Note on the mental hospitals in Burma - 1925-1940
Year: 1925
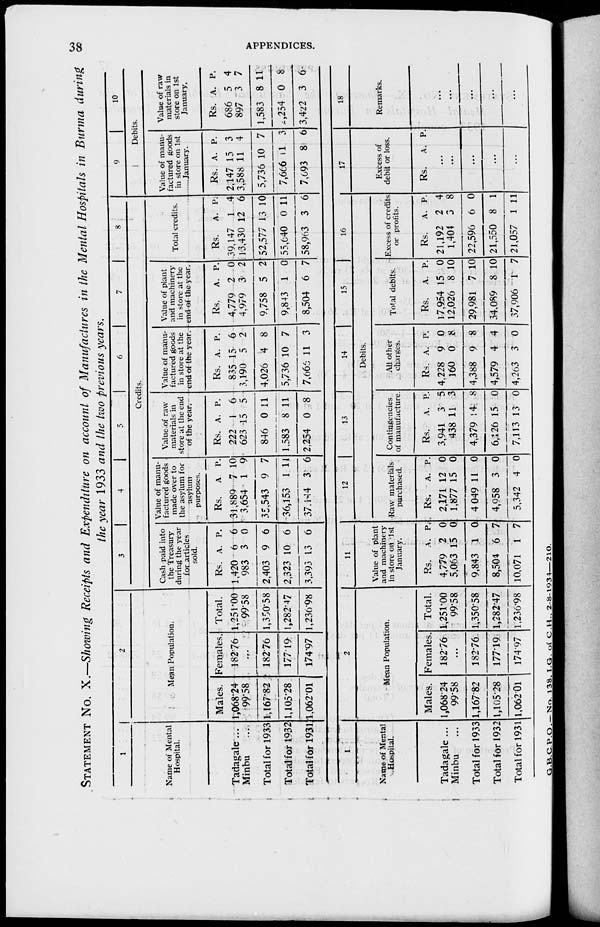
38
APPENDICES.
STATEMENT No. X.—Showing Receipts and Expenditure on account of Manufactures in the Mental Hospitals in Burma during
the year 1933 and the two previous years.
1
Name of Mental
Hospital.
Tadagale ...
Minbu ...
Total for 1933
Total for 1932
Total for 1931
2
Mean Population.
Males.
1,068.24
99.58
1,167.82
1,105.28
1,062.01
Females.
182.76
...
182.76
177.19
174.97
Total.
1,251.00
99.58
1,350.58
l,282'47
1,230.98
3
4
5
6
7
8
Credits.
Cash paid into
the Treasury
during the year
for articles
sold.
Rs.
1,420
983
2,403
2,323
3,393
A.
6
3
9
10
13
P.
6
0
6
6
6
Value of manu-
factured goods
made over to
the asylum for
asylum
purposes.
Rs.
31,889
3,654
35,543
36,153
37.144
A
7
1
9
1
3
P.
10
9
7
11
6
Value of raw
materials in
store at the end
of the year.
Rs.
222
623
846
1,583
2,254
A.
1
15
0
8
0
P.
6
5
11
11
8
Value of manu-
factured goods
in store at the
end of the year.
Rs.
835
3,190
4,026
5,736
7,666
A.
15
5
4
10
11
P.
6
2
8
7
3
Value of plant
and machinery
in store at the
end of the year.
Rs.
4,779
4,979
9,758
9,843
8,504
A.
2
3
5
1
6
P.
0
2
2
0
7
Total credits.
Rs.
39,147
13,430
52,577
55,640
58,963
A.
1
12
13
0
3
P.
4
6
10
11
6
9
10
Debits.
Value of manu-
factured goods
in store on 1st
January.
Rs.
2,147
3,588
5,736
7,666
7,693
A.
15
11
10
11
8
P.
3
4
7
3
6
Value of raw
materials in
store on 1st
January,
Rs.
686
897
1,583
2,254
3,422
A.
5
3
8
0
3
P.
4
7
11
8
6
1
Name of Mental
Hospital.
Tadagale ...
Minbu ...
Total for 1933
Total for 1932
Total for 1931
2
Mean Population.
Males.
1,068.24
99.58
1,167.82
1,105.28
1,062.01
Females.
182.76
...
182.76
177.19
174.97
Total.
1,251.00
99.58
1,350.58
1,282.47
1,236.98
11
Value of plant
and machinery
in store on 1st
January.
Rs.
4,779
5,063
9,843
8,504
10,071
A.
2
15
1
6
1
P.
0
0
0
7
7
12
13
14
15
16
Debits.
Raw materials
purchased.
Rs.
2,171
1,877
4,049
4,958
5,342
A.
12
15
11
3
4
P.
0
0
0
0
0
Contingencies
of manufacture.
Rs.
3,941
438
4,379
6,126
7,113
A.
3
11
14
15
13
P.
5
3
8
0
0
All other
charges.
Rs.
4,228
160
4,388
4,579
4,263
A.
9
0
9
4
3
P.
0
8
8
4
0
Total debits.
Rs.
17,954
12,026
29,981
34,089
37,906
A.
15
8
7
8
1
P.
0
10
10
10
7
Excess of credits
or profits.
Rs.
21,192
1,404
22,596
21,550
21,057
A.
2
3
6
8
1
P.
4
8
0
1
11
17
Excess of
debit or loss.
Rs. A. P.
...
...
...
...
...
18
Remarks.
...
...
...
...
...
G.B.C.P.O.— No 138. I.G. of C.H., 2-8-1934—210.